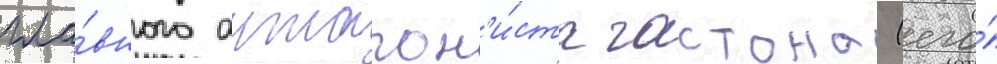
гла́вного антагон'и́ста гастона (его́